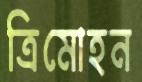
ত্রিমোহন